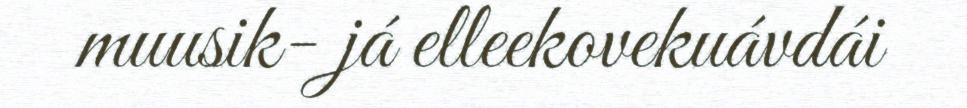
muusik- já elleekovekuávdái